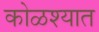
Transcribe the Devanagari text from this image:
कोळश्यात